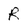
Character: R